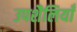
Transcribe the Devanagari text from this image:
उपशैलियाँ